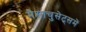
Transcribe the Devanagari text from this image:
मैसाचुसेट्समें